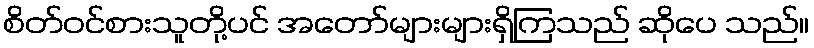
စိတ်ဝင်စားသူတို့ပင် အတော်များများရှိကြသည် ဆိုပေ သည်။